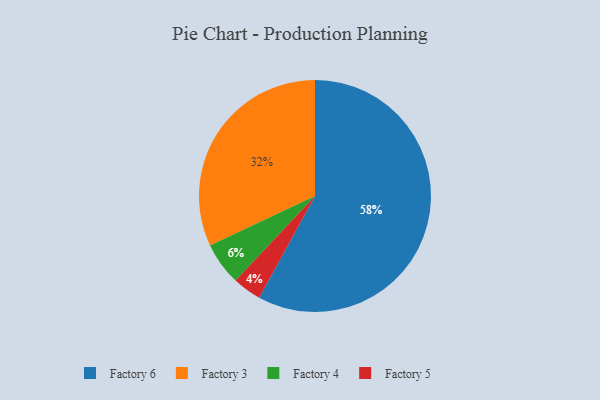
{"axis": {"x": "Category", "y": "Percentage"}, "legend": ["Factory 3", "Factory 4", "Factory 5", "Factory 6"], "data": [{"x": "Factory 4", "y": 6, "type": "Factory 4"}, {"x": "Factory 6", "y": 58, "type": "Factory 6"}, {"x": "Factory 3", "y": 32, "type": "Factory 3"}, {"x": "Factory 5", "y": 4, "type": "Factory 5"}]}